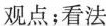
观点；看法